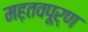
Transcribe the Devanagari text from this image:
मह़तवपूर्ण